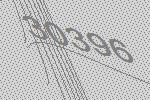
30396